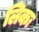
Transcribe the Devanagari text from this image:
लिकः